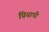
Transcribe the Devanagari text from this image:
प्रियापी